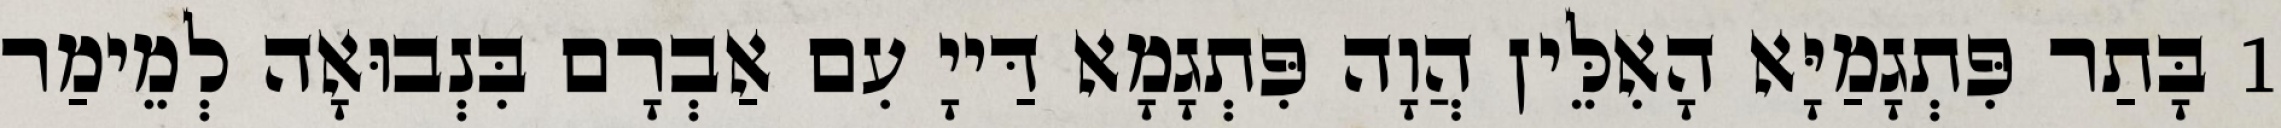
1 בָּתַר פִּתְגָמַיָּא הָאִלֵּין הֲוָה פִּתְגָמָא דַּייָ עִם אַבְרָם בִּנְבוּאָה לְמֵימַר